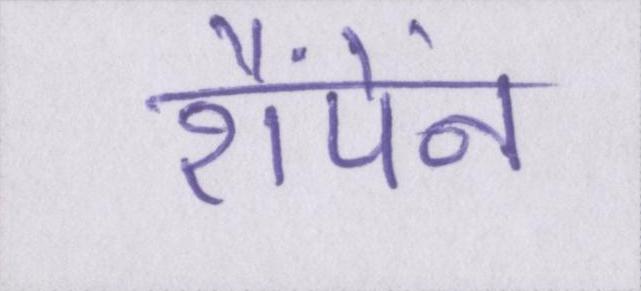
शैंपेंन